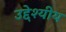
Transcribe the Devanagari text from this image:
उद्देश्यीय